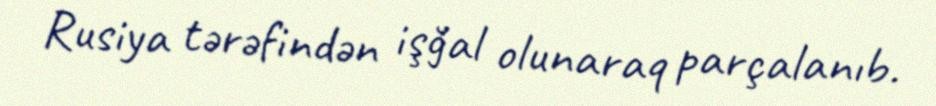
Rusiya tərəfindən işğal olunaraq parçalanıb.